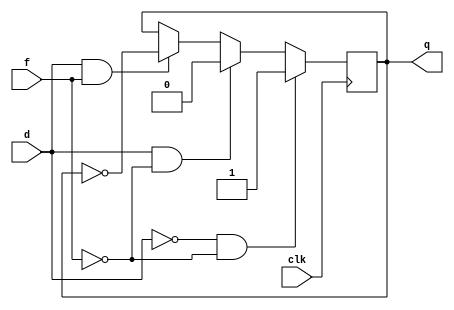
`timescale 1ns / 1ps

module df(
    input d,
    input f,
    input clk,
    output reg q
    );
    
    initial begin
        q = 0;
    end
	
    always @(posedge clk) begin
		if(d == 1'b0 && f == 1'b0) begin
			q <= 1'b1; 
		end
		else if(d == 1'b1 && f == 1'b0) begin
			q <= 1'b0; 
		end
		else if(d == 1'b1 && f == 1'b1) begin
			q <= ~q; 
		end	
		
	end	


endmodule







module icplusplus(
	input d0,
	input f0,
	input d1,
	input f1,
	input clk,
	output q0,
	output q1,
	output y
	
   ); 
	
		df fe(d0,f0,clk,q0);
		 
		df fe2(d1,f1,clk,q1);	
		  
		assign y = q0 ~^ q1;  
	




endmodule